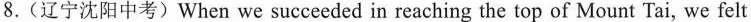
8. (辽宁沈阳中考)When we succeeded in reaching the top of Mount Tai, we felt